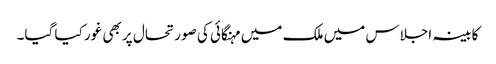
کابینہ اجلاس میں ملک میں مہنگائی کی صورتحال پر بھی غور کیا گیا۔